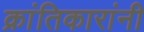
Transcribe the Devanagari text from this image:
क्रांतिकारांनी